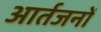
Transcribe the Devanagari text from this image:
आर्तजनों